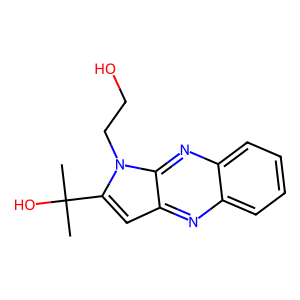
SMILES: CC(C)(O)c1cc2nc3ccccc3nc2n1CCO
Inhibits HIV replication: No